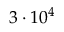
3 \cdot 1 0 ^ { 4 }